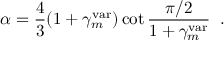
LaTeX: \alpha = { \frac { 4 } { 3 } } ( 1 + \gamma _ { m } ^ { \mathrm { v a r } } ) \cot { \frac { \pi / 2 } { 1 + \gamma _ { m } ^ { \mathrm { v a r } } } } \; \; .